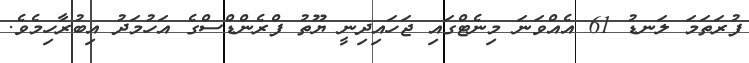
ފުރަތަމަ ލަނޑު 61 އެއްވަނަ މިނެޓްގައި ޖަހައިދިނީ ޔޫތު ފްރެންޑްސްގެ އަހުމަދު އިބުރާހިމެވެ.